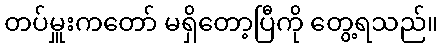
တပ်မှူးကတော် မရှိတော့ပြီကို တွေ့ရသည်။